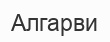
Алгарви